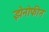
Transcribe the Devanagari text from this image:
झेनोफीन